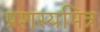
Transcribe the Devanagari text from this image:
प्रशस्यमित्र